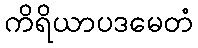
ကိရိယာပဒမေတံ